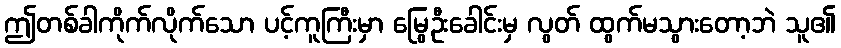
ဤတစ်ခါကိုက်လိုက်သော ပင့်ကူကြီးမှာ မြွေဦးခေါင်းမှ လွတ် ထွက်မသွားတော့ဘဲ သူ၏